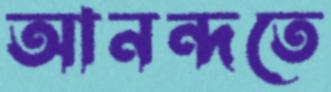
আনন্দতে